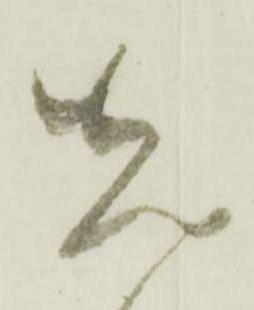
先